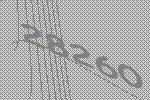
28260